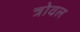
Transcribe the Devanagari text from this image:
त्रोवल